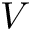
V